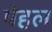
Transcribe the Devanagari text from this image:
पेहल